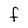
Character: F